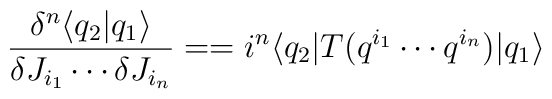
\frac{\delta^n\langle q_2|q_1\rangle}{\delta J_{i_1}\cdots\delta J_{i_n}}== i^n \langle q_2 | T(q^{i_1}\cdots q^{i_n})| q_1\rangle